Report by Surgeon-Major Lyons, I.M.S., President of the Plague Research Committee - Part I
Disease focus: Plague
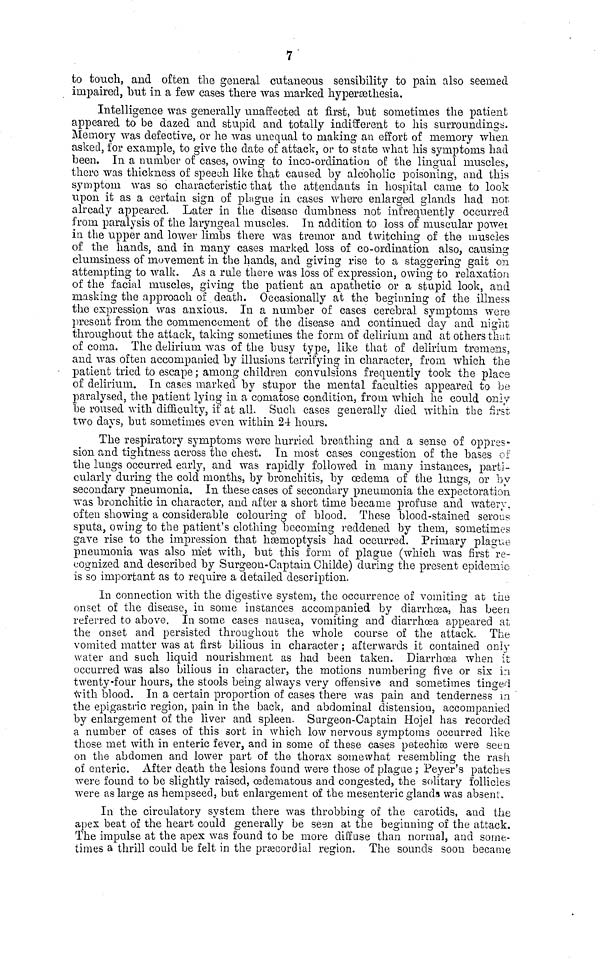
7
to touch, and often the general cutaneous sensibility to pain also seemed
impaired, but in a few cases there was marked hyperœthesia.
intelligence was generally unaffected at firstiirst, but sometimes the patient
appeared to be dazed and stupid and totally indifferent to his surroundings.
Memory was defective, or he was unequal to making an effort of memory when
asked, for example, to give the date of attack, or to state what his symptoms had
been. In a number of cases, owing to inco-ordinatioo of the lingual muscles,
there was thickness of speech like that caused by alcoholic poisoning, and this
symptom was so characteristic that the attendants in hospital came to look
upon it as a certain sign of plague in cases where enlarged glands had not
already appeared. Later in the disease dumbness not infrequently occurred
from paralysis of the laryngeal muscles. In addition to loss of muscular powei
in the upper and lower limbs there was tremor and twitching of the muscles
of the hands, and in many cases marked loss of co-ordination also, causing
clumsiness of movement in the hands, and giving rise to a staggering gait on
attempting to walk. As a rule there was loss of expression, owing to relaxation
of the facial muscles, giving the patient an apathetic or a stupid look, and
masking the approach of death. Occasionally at the beginning of the illness
the expression was anxious. In a number of cases cerebral symptoms were
present from the commencement of the disease and continued day and night
throughout the attack, taking sometimes the form of delirium and at others that
of coma. The delirium was of the busy type, like that of delirium treniens,
and was often accompanied by illusions terrifying in character, from which the
patient tried to escape ; among children convulsions frequently took the place
of delirium. In cases marked by stupor the mental faculties appeared to be
paralysed, the patient lying in a comatose condition, from which he could only
be roused with difficulty, if at all. Such cases generally died within the first
two days, but sometimes even within 24 hours.
The respiratory symptoms were hurried breathing and a sense of oppres-
sion and tightness across the chest. In most cases congestion of the bases of
the lungs occurred early, and was rapidly followed in many instances, parti-
cularly during the cold months, by bronchitis, by oedema of the lungs, or by
secondary pneumonia. In these cases of secondary pneumonia the expectoration
was bronchitic in character, and after a short time became profuse and watery,
often showing a considerable colouring of blood. These blood-stained serous
sputa, owing to the patient's clothing becoming reddened by them, sometimes
gave rise to the impression that haemoptysis had occurred. Primary plague
pneumonia was also met with, but this form of plague (which was first re-
cognized and described by Surgeon-Captain Ohilde) during the present epidemic
is so important as to require a detailed description.
In connection with the digestive system, the occurrence or vomiting at the
onset of the disease, in some instances accompanied by diarrhoea, has been
referred to above. In some cases nausea, vomiting and diarrhoea appeared at
the onset and persisted throughout the whole course of the attack. The.
vomited matter was at first bilious in character ; afterwards it contained only
water and such liquid nourishment as had been taken. Diarrhoea when it
occurred was also bilious in character, the motions numbering five or six in
twenty-four hours, the stools being always very offensive and sometimes tinged
with blood. In a certain proportion of cases there was pain and tenderness in
the epigastric region, pain in the back, and abdominal distension, accompanied
by enlargement of the liver and spleen. Surgeon-Captain Hojel has recorded
a number of cases of this sort in which low nervous symptoms occurred like
those met with in enteric fever, and in some of these cases petechise were seen
on the abdomen and lower part of the thorax somewhat resembling the rash
of enteric. After death the lesions found were those of plague ; Peyer's patches
were found to be slightly raised, œdematous and congested, the solitary follicles
were as large as hempseed, but enlargement of the mesenteric glands was absent«
In the circulatory system there was throbbing of the carotids, and the
apex beat of the heart could generally be seen at the beginning of the attack.
The impulse at the apex was found to be more diffuse than normal, and some-
times a thrill could be felt in the precordial region. The sounds soon became